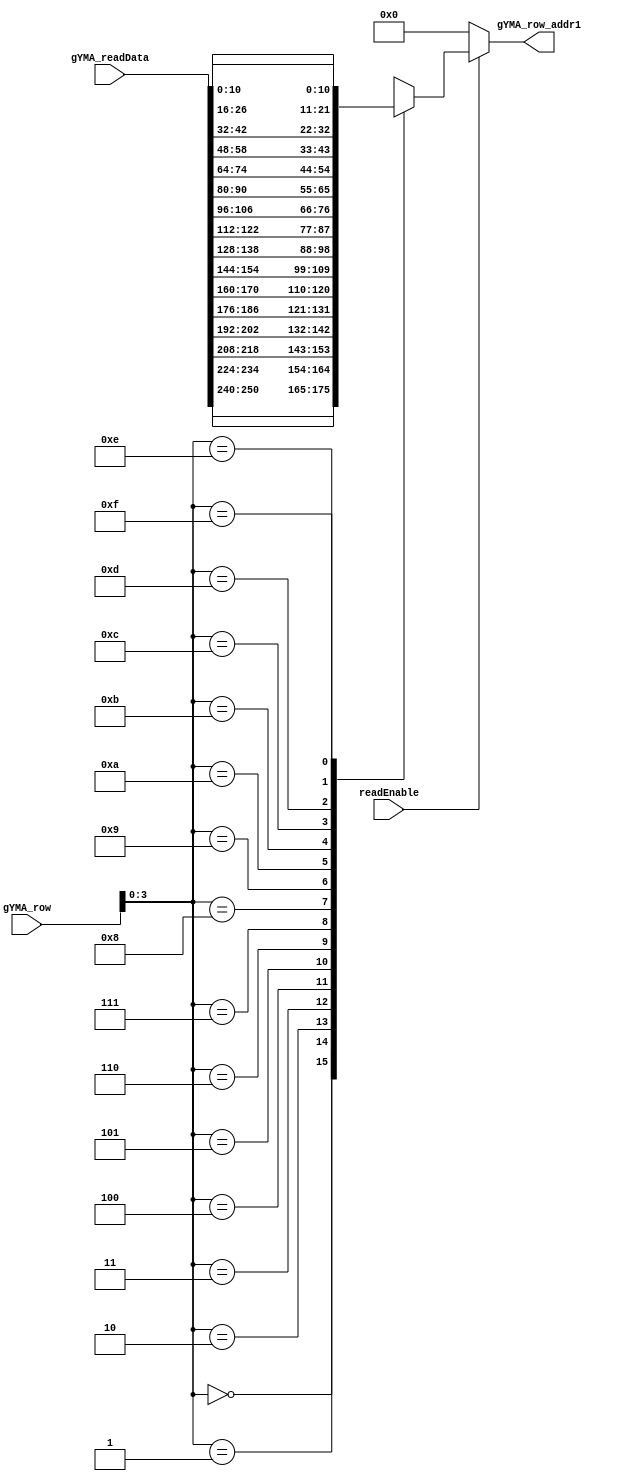
/* ************************************************    
 *    Combinational Logic Ckt                  
 *    
 *    Module that gets Y Matrix Read Addresses.
 *    Inputs: 1. readEnable
 *            2. 256 Bits read data
 *            3. read Row number
 *
 *    Output: 1. Outputs 48 bit Row address where the data is present
 *
 *    ********************************************/

module getYMatAddress(readEnable, //clock, reset, 
                  gYMA_row, gYMA_readData, gYMA_row_addr1);//, gYMA_row_addr2 );

//input clock,reset;
input readEnable;
input [15:0] gYMA_row;
input [255:0] gYMA_readData;

output [10:0] gYMA_row_addr1;

reg [10:0] gYMA_row_addr1;


always@(*)
begin
   if(readEnable)
   begin
      casex((gYMA_row[3:0]))
      8'h0:    gYMA_row_addr1 = gYMA_readData[250:240];
      8'h1:    gYMA_row_addr1 = gYMA_readData[234:224];
      8'h2:    gYMA_row_addr1 = gYMA_readData[218:208];
      8'h3:    gYMA_row_addr1 = gYMA_readData[202:192];
      8'h4:    gYMA_row_addr1 = gYMA_readData[186:176];
      8'h5:    gYMA_row_addr1 = gYMA_readData[170:160];
      8'h6:    gYMA_row_addr1 = gYMA_readData[154:144];
      8'h7:    gYMA_row_addr1 = gYMA_readData[138:128];
      8'h8:    gYMA_row_addr1 = gYMA_readData[122:112];
      8'h9:    gYMA_row_addr1 = gYMA_readData[106:96];
      8'hA:    gYMA_row_addr1 = gYMA_readData[90:80];
      8'hB:    gYMA_row_addr1 = gYMA_readData[74:64];
      8'hC:    gYMA_row_addr1 = gYMA_readData[58:48];
      8'hD:    gYMA_row_addr1 = gYMA_readData[42:32];
      8'hE:    gYMA_row_addr1 = gYMA_readData[26:16];
      8'hF:    gYMA_row_addr1 = gYMA_readData[10:0]; //since this is the last col
      default: gYMA_row_addr1 = 11'h0;
      endcase
   end
   else
      gYMA_row_addr1 = 11'h0;
end //always@ block 

endmodule